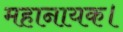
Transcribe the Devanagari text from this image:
महानायक।